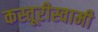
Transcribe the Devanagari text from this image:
कस्तूरीस्वामी